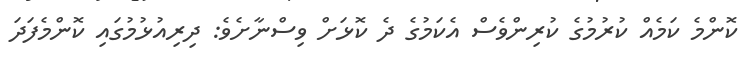
ކޮންމެ ކަމެއް ކުރުމުގެ ކުރިންވެސް އެކަމުގެ ދެ ކޮޅަށް ވިސްނާށެވެ: ދިރިއުޅުމުގައި ކޮންމެފަދަ